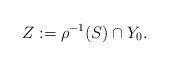
LaTeX: \begin{align*}Z:=\rho^{-1}(S)\cap Y_0.\end{align*}